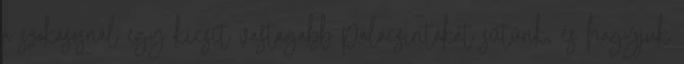
a szokásosnál egy kicsit vastagabb palacsintákat sütünk, és hagyjuk